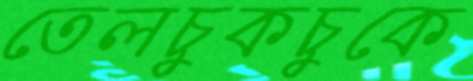
তেলচুকচুকে